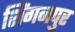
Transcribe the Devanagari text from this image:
शिंगनपुर